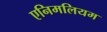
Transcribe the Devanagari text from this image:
एनिमलियम